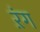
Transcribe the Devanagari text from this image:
ऱंग